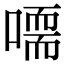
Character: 𠽴